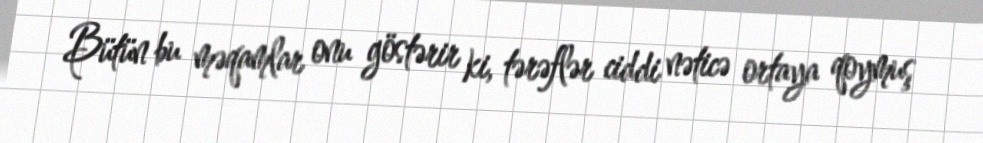
Bütün bu məqamlar onu göstərir ki, tərəflər ciddi nəticə ortaya qoymuş